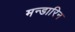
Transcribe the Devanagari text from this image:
मन्डारिन